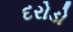
દરોડો